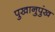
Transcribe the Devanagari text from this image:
पुखानुपुंख